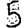
Digit: 5